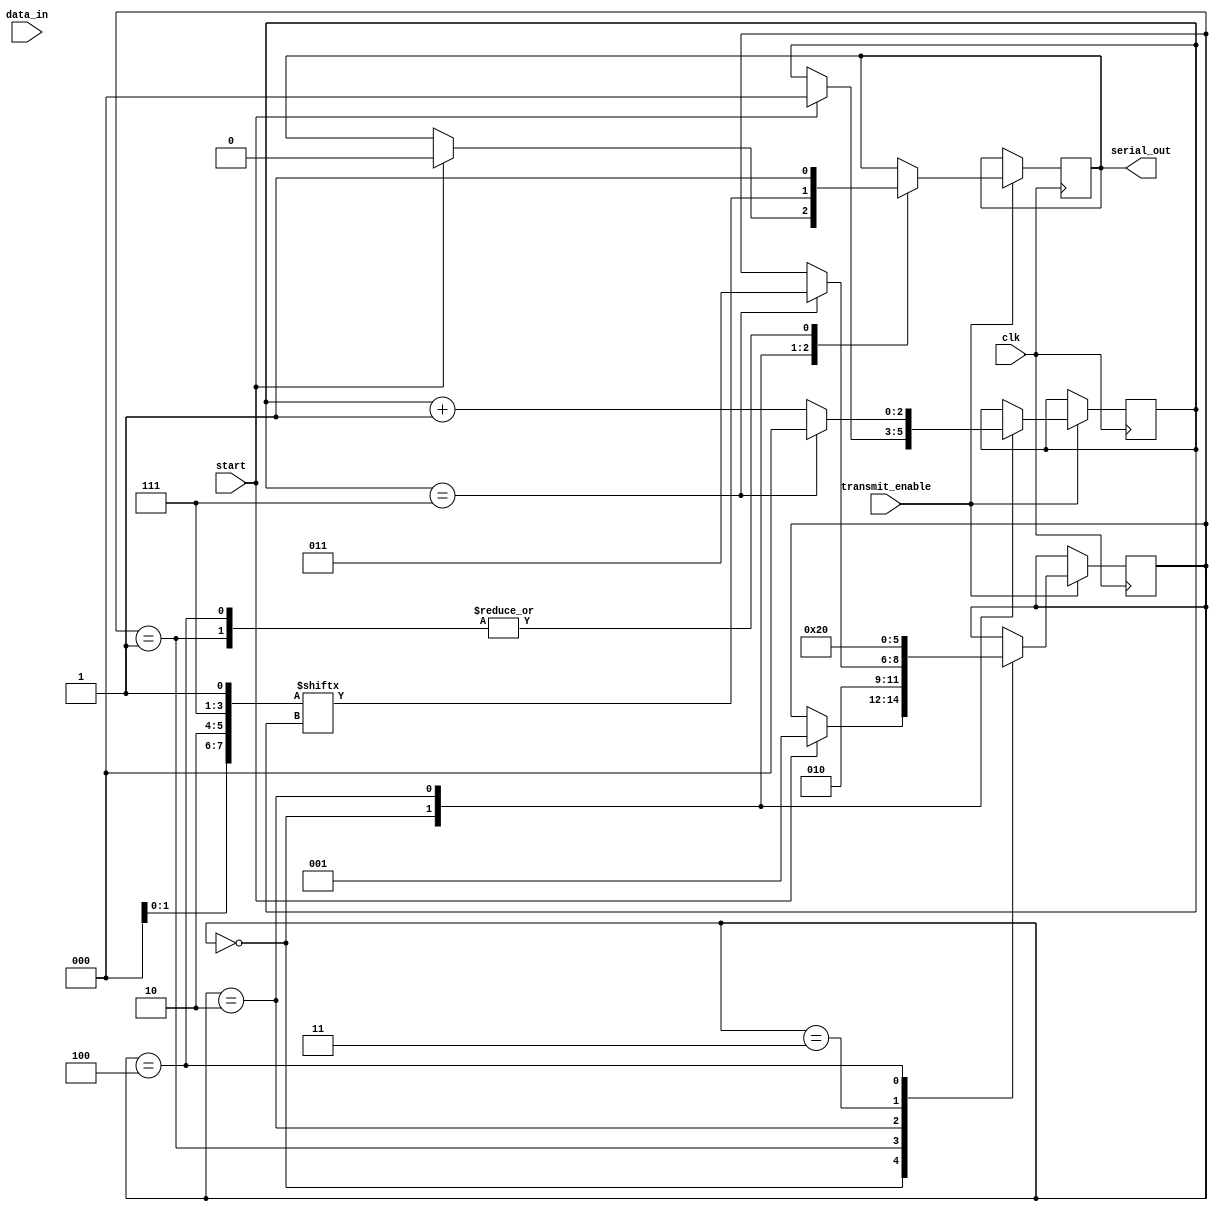
module uart_transmitter (
    input wire data_in,
    input wire clk,
    input wire start,
    input wire transmit_enable,
    output reg serial_out
);

reg [7:0] data_reg;
reg [2:0] state_reg;
reg [2:0] bit_reg;

parameter IDLE = 3'b000;
parameter START_BIT = 3'b001;
parameter DATA_BIT = 3'b010;
parameter PARITY_BIT = 3'b011;
parameter STOP_BIT = 3'b100;

always @(posedge clk) begin
    if (transmit_enable) begin
        case (state_reg)
            IDLE: begin
                if (start) begin
                    state_reg <= START_BIT;
                    bit_reg <= 0;
                    serial_out <= 0;
                end
            end
            
            START_BIT: begin
                serial_out <= 1;
                state_reg <= DATA_BIT;
            end
            
            DATA_BIT: begin
                serial_out <= data_reg[bit_reg];
                bit_reg <= bit_reg + 1;
                
                if (bit_reg == 7) begin
                    state_reg <= PARITY_BIT;
                    bit_reg <= 0;
                end
            end
            
            PARITY_BIT: begin
                // Implement parity bit transmission if needed
                state_reg <= STOP_BIT;
            end
            
            STOP_BIT: begin
                serial_out <= 1;
                state_reg <= IDLE;
            end
        endcase
    end
end

endmodule